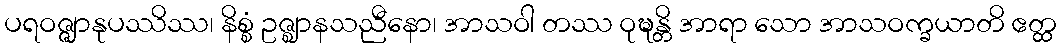
ပရဝဇ္ဇျာနုပဿိဿ၊ နိစ္စံ ဥဇ္ဈာနသညီနော၊ အာသဝါ တဿ ဝုဍ္ဎန္တိ အာရာ သော အာသဝက္ခယာတိ ဧတ္ထ